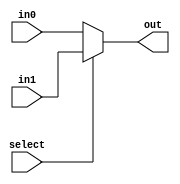
`timescale 1ns / 1ps
//////////////////////////////////////////////////////////////////////////////////
// Company: 
// Engineer: 
// 
// Design Name: 
// Module Name: mux_21single
// Project Name: 
// Target Devices: 
// Tool Versions: 
// Description: 
// 
// Dependencies: 
// 
// Revision:
// Revision 0.01 - File Created
// Additional Comments:
// 
//////////////////////////////////////////////////////////////////////////////////


module mux_21single(
 input  in0,
    input  in1,
    output  out, 
     input select
    );
    assign out = select ? in1: in0;
endmodule